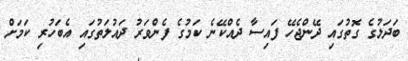
ބަދަލުގެ ގޮތުގައި ދޭންޖެހޭ ފައިސާ ދެއްކޭނެ ކަމުގެ ފެންވަރު ދައުލަތުގައި އެބަހުރި ކަމަށް